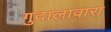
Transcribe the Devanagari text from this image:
गुदालावारा